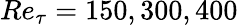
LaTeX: Re_{\tau}=150,300,400